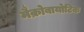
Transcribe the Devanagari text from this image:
मैक्रोबायोटिक